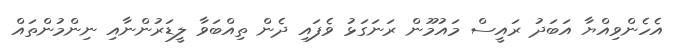
އެހެންވިއްޔާ އަބަދު ރައީސް މައުމޫން ރަނަގަޅު ވެފައި ދެން ތިއްބަވާ ލީޑަރުންނާއި ނިންމުންތައް